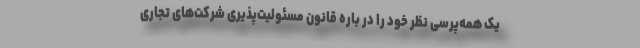
یک همه‌پرسی نظر خود را در باره قانون مسئولیت‌پذیری شرکت‌های تجاری